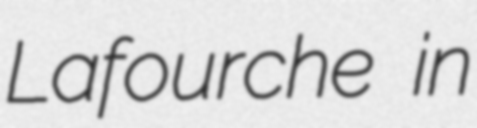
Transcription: Lafourche in